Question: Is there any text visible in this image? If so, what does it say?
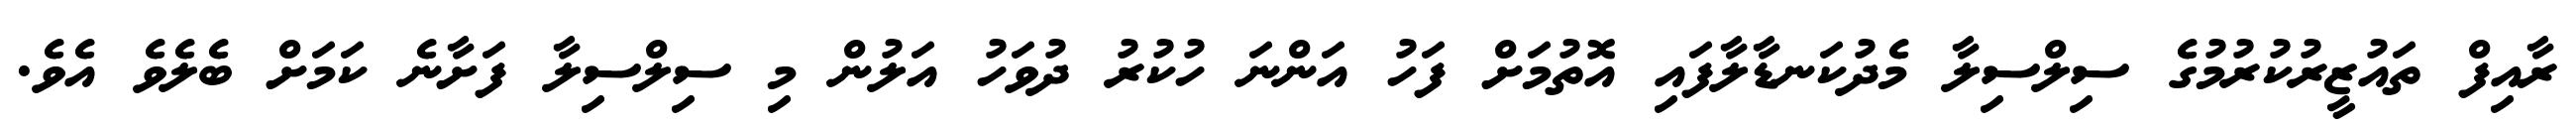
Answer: ރާއިފް ތައުޒީރުކުރުމުގެ ސިލްސިލާ މެދުކަނޑާލާފައި އޮތުމަށް ފަހު އަންނަ ހުކުރު ދުވަހު އަލުން މި ސިލްސިލާ ފަށާނެ ކަމަށް ބެލެވެ އެވެ.